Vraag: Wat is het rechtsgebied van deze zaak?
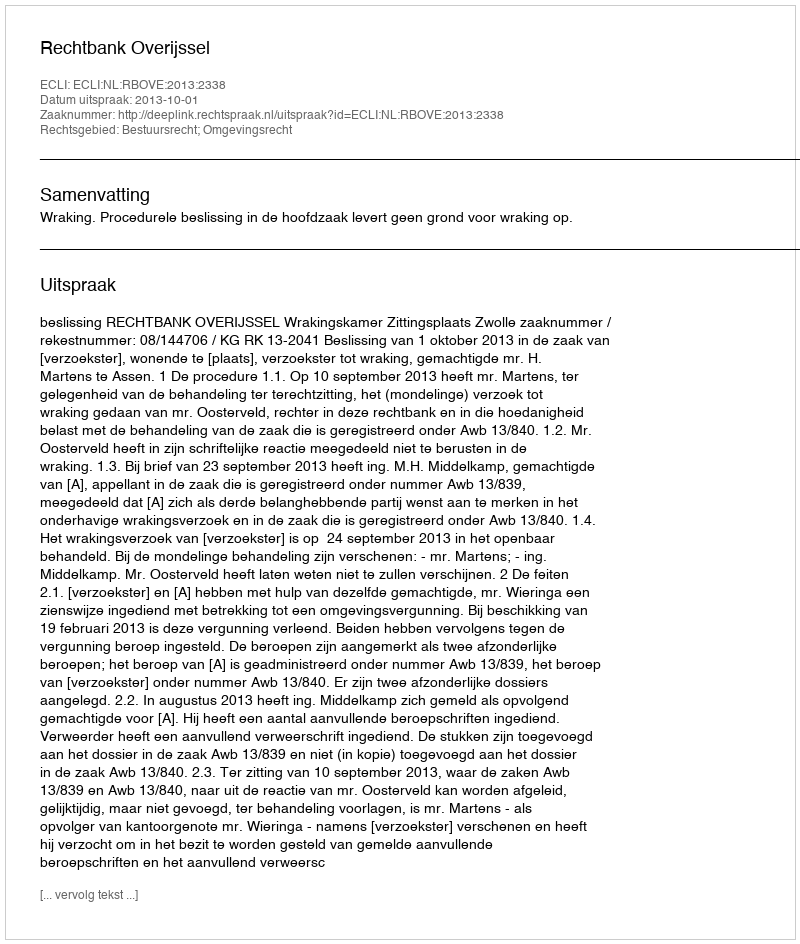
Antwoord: Bestuursrecht; Omgevingsrecht